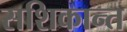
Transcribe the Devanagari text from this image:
सशिकान्त